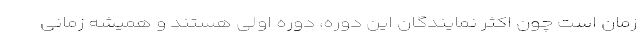
زمان است چون اکثر نمایندگان این دوره، دوره اولی هستند و همیشه زمانی